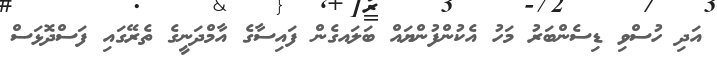
އަދި ހުސްވި ޑިސެންބަރު މަހު އެކުންފުންޔައް ބަލައގެން ފައިސާގެ އާމްދަނީގެ ތެރޭގައި ފަސްދޮޅަސް